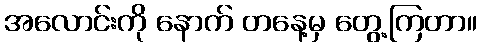
အလောင်းကို နောက် တနေ့မှ တွေ့ကြတာ။